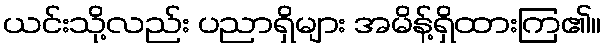
ယင်းသို့လည်း ပညာရှိများ အမိန့်ရှိထားကြ၏။